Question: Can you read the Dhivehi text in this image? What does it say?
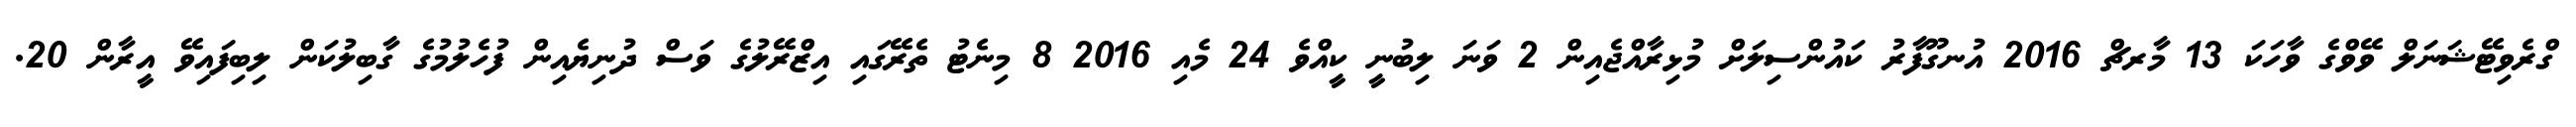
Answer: ގްރެވިޓޭޝަނަލް ވޭވްގެ ވާހަކަ 13 މާރޗް 2016 އުނގޫފާރު ކައުންސިލަށް މުޅިރާއްޖެއިން 2 ވަނަ ލިބުނީ ކީއްވެ 24 މެއި 2016 8 މިނެޓު ތެރޭގައި އިޒްރޭލުގެ ވަސް ދުނިޔެއިން ފުހެލުމުގެ ގާބިލުކަން ލިބިފައިވޭ އީރާން 20.